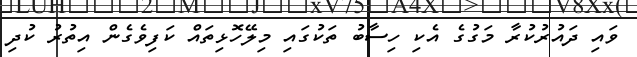
ވައި ދައުރުކުރާ މަގުގެ އެކި ހިސާބު ތަކުގައި މިލޭހޮޅިތައް ކަފިވެގެން އިތުރު ކުދި